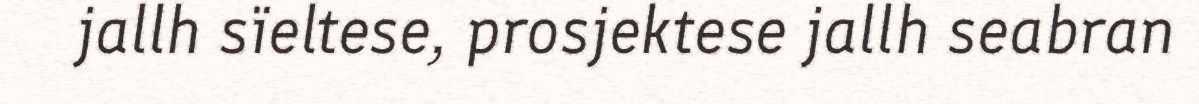
jallh sïeltese, prosjektese jallh seabran